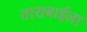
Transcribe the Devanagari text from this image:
ताराबाईला